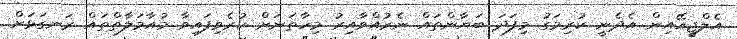
އެލްޖީއޭއިން އެދެނީ ކުރިމަގު މިފަދަ ބަޔާންތައް ނެރުއްވާއިރު މިހާތަނަށް ކުރެވިފައިވާ މުއާމަލާތްތައް ރަނގަޅަށް